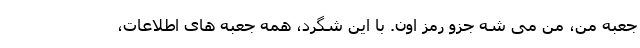
جعبه من، من می شه جزو رمز اون. با این شگرد، همه جعبه های اطلاعات،